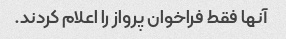
آنها فقط فراخوان پرواز را اعلام کردند.